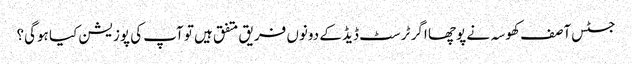
جسٹس آصف کھوسہ نے پوچھا اگر ٹرسٹ ڈیڈ کے دونوں فریق متفق ہیں تو آپ کی پوزیشن کیا ہوگی؟